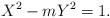
LaTeX: \begin{align*}X^2-mY^2=1.\end{align*}